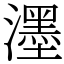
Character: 濹